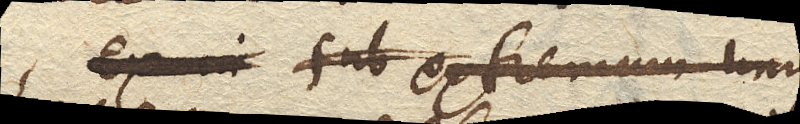
extremum unius